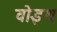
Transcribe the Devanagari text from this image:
वोइथ